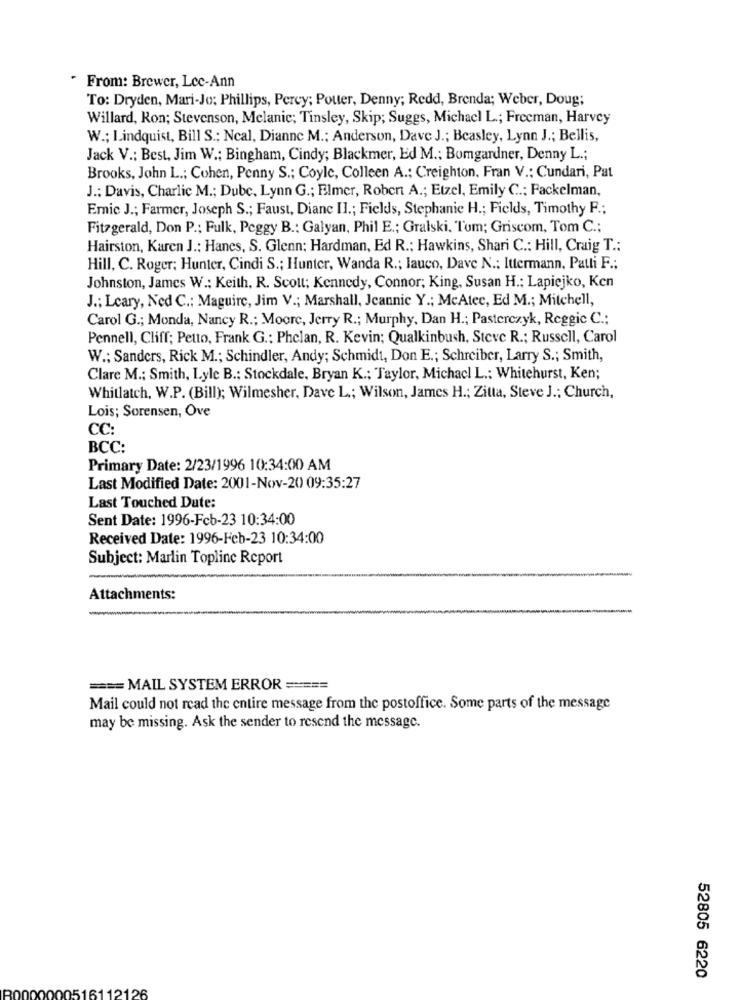
. From: Brewer, Lec-Ann
To: Dryden, Mari-Jo; Phillips, Percy; Potter, Denny; Redd, Brenda; Weber, Doug;
Willard, Ron; Stevenson, Melanie; Tinsley, Skip; Suggs, Michacl L .; Freeman, Harvey
W .; Lindquist, Bill S .: Ncal, Dianne M .; Anderson, Dave J .; Beasley, Lynn J .; Bellis,
Jack V .: Best, Jim W .; Bingham, Cindy; Blackmer, Ed M .: Bumgardner, Denny L .;
Brooks, John L .; Cohen, Penny S .; Coyle, Colleen A .; Creighton, Fran V .: Cundari, Pat
J .: Davis, Charlic M .; Dube, Lynn G .; Elmer, Robert A .; Etzel, Emily C .; Fackelman,
Emic J .; Farmer, Joseph S .; Faust, Dianc II .; Fields, Stephanie H .; Fields, Timothy F .;
Fitzgerald, Don P .; Fulk, Peggy B .: Galyan, Phil E .; Gralski. Tum; Griscom, Tom C .;
Hairston, Karen J .: Hanes, S. Glenn; Hardman, Ed R .; Hawkins, Shari C .: Hill, Craig T .:
Hill, C. Roger; Hunter, Cindi S .; Hunter, Wanda R .; lauco, Dave N .; Ittermann, Patti F .;
Johnston, James W .: Keith, R. Scolt; Kennedy, Connor; King, Susan H .; Lapiejko, Ken
J .; Leary, Ned C .; Maguire, Jim V .; Marshall, Jeannic Y .; McAtec, Ed M .; Mitchell,
Carol G .; Monda, Nancy R .; Moore, Jerry R .; Murphy, Dan H .; Pasterczyk, Reggie C .;
Pennell, Cliff; Petto, Frank G .: Phelan, R. Kevin; Qualkinbush, Steve R .; Russell, Carol
W .; Sanders, Rick M .; Schindler, Andy; Schmidt, Don E .; Schreiber, Larry S .; Smith,
Clare M .; Smith, Lyle B .; Stockdale, Bryan K .; Taylor, Michacl L .: Whitehurst, Ken;
Whitlatch, W.P. (Bill); Wilmesher, Dave L .; Wilson, James H .; Zitta, Steve J .; Church,
Lois; Sorensen, Ove
CC:
BCC:
Primary Date: 2/23/1996 10:34:00 AM
Last Modified Date: 2001-Nov-20 09:35:27
Last Touched Dute:
Sent Date: 1996-Fcb-23 10:34:00
Received Date: 1996-Feb-23 10:34:00
Subject: Marlin Topline Report
Attachments:
=== MAIL SYSTEM ERROR =====
Mail could not read the entire message from the postoffice. Some parts of the message
may be missing. Ask the sender to resend the message.
52805 6220